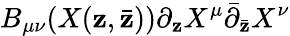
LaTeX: B_{\mu\nu}(X(\mathbf{z},\bar{{\mathbf{z}}}))\partial_{\mathbf{z}}X^{\mu}\bar{{\partial}}_{\bar{{\mathbf{z}}}}X^{\nu}